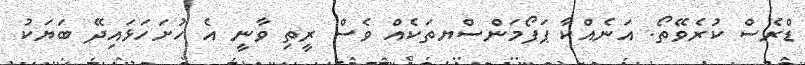
ޑްރެސް ކުރެވޭތޯ. އަނެއްކާ ޕަފޯމަންސްޔތަކެއް ވެސް ރީތި ވާނީ އެ ހުށަހަޅައިދޭ ބަޔަކު